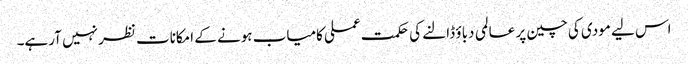
اس لیے مودی کی چین پر عالمی دباؤ ڈالنے کی حکمت عملی کامیاب ہونے کے امکانات نظر نہیں آرہے۔